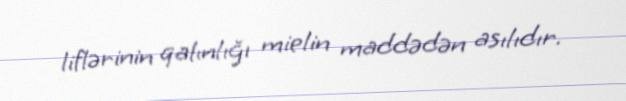
liflərinin qalınlığı mielin maddədən asılıdır.